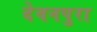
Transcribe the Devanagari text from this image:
देवनपुरा